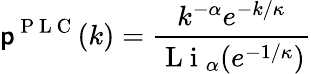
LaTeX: \mathsf{p}^{\mathrm{{~P~L~C~}}}(k)=\frac{{k^{-\alpha}e^{-k/\kappa}}}{{\mathrm{{~L~i~}}_{\alpha}(e^{-1/\kappa})}}